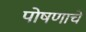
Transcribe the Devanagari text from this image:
पोषणाचे